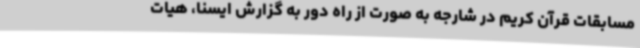
مسابقات قرآن کریم در شارجه به صورت از راه دور به گزارش ایسنا، هیات